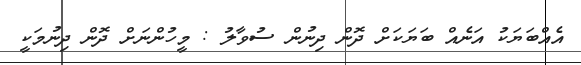
އެއްބަޔަކު އަނެއް ބަޔަކަށް ދޮން ދިނުން ސުވާލު : މީހުންނަށް ދޮން ދިނުމަކީ